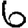
Digit: 6